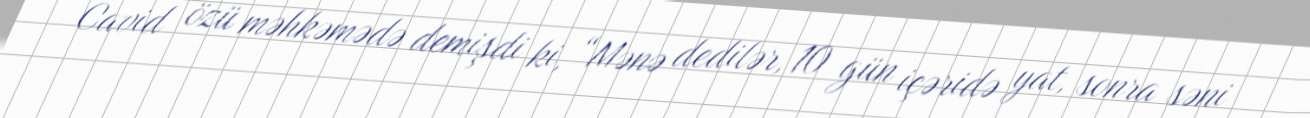
Cavid özü məhkəmədə demişdi ki, “Mənə dedilər, 10 gün içəridə yat, sonra səni